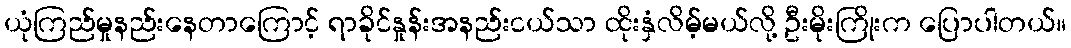
ယုံကြည်မှုနည်းနေတာကြောင့် ရာခိုင်နှုန်းအနည်းငယ်သာ ထိုးနှံလိမ့်မယ်လို့ ဦးမိုးကြိုးက ပြောပါတယ်။